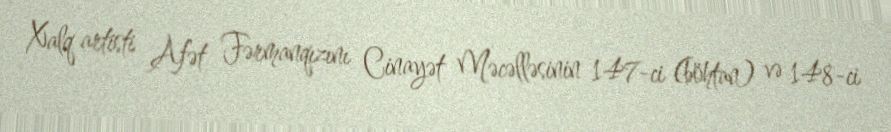
Xalq artisti Afət Fərmanqızını Cinayət Məcəlləsinin 147-ci (böhtan) və 148-ci